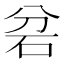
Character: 𮀎